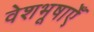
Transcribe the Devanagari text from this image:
वेशभूषाएँ